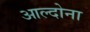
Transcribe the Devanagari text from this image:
आल्दोना